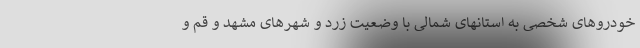
خودروهای شخصی به استانهای شمالی با وضعیت زرد و شهرهای مشهد و قم و